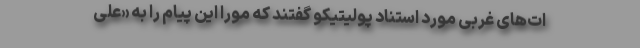
ات‌های غربی مورد استناد پولیتیکو گفتند که مورا این پیام را به «علی